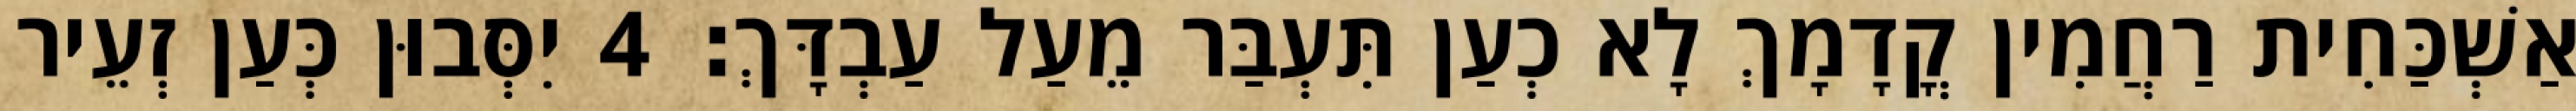
אַשְׁכַּחִית רַחֲמִין קֳדָמָךְ לָא כְעַן תִּעְבַּר מֵעַל עַבְדָּךְ׃ 4 יִסְּבוּן כְּעַן זְעֵיר